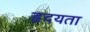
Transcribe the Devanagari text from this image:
हृदयता